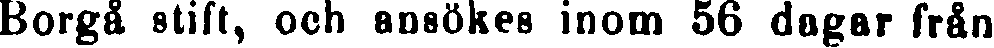
Borgå stift, och ansökes inom 56 dagar från